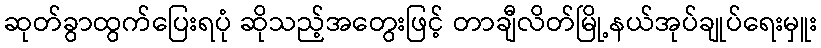
ဆုတ်ခွာထွက်ပြေးရပုံ ဆိုသည့်အတွေးဖြင့် တာချီလိတ်မြို့နယ်အုပ်ချုပ်ရေးမှူး